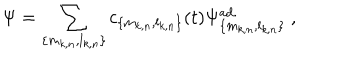
LaTeX: \Psi = \sum _ { \{ m _ { k , n } , l _ { k , n } \} } c _ { \{ m _ { k , n } , l _ { k , n } \} } ( t ) \Psi _ { \{ m _ { k , n } , l _ { k , n } \} } ^ { \mathrm { a d . } } \ ,